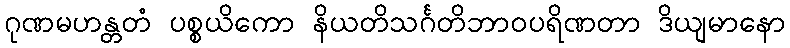
ဂုဏမဟန္တတံ ပစ္စယိကော နိယတိသင်္ဂတိဘာဝပရိဏတာ ဒိယျမာနော